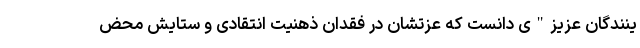
ینندگان عزیز"ی دانست که عزتشان در فقدان ذهنیت انتقادی و ستایش محض